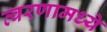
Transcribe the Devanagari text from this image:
त्वरणामध्ये